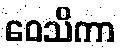
ဝေသိကာ